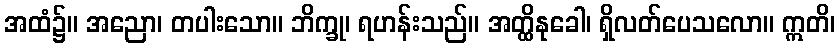
အထံ၌။ အညော၊ တပါးသော။ ဘိက္ခု၊ ရဟန်းသည်။ အတ္ထိနုခေါ၊ ရှိလတ်ပေသလော။ ဣတိ၊